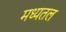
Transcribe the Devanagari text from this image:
मध्यतल